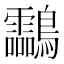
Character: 𪈝